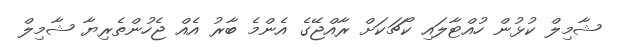
ޝާމިލް ކުޅުން ހުއްޓާލައި ކޯޗަކަށް ރާއްޖޭގެ އެންމެ ބާރު އެއް ޖެހުންތެރިޔާ ޝާމިލް